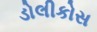
ડોલીકોસ